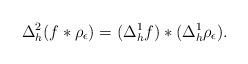
LaTeX: \begin{align*} \Delta^2_h(f\ast \rho_{\epsilon})=(\Delta^1_hf)\ast (\Delta^1_h\rho_{\epsilon}).\end{align*}